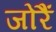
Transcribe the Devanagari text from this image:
जोरैं